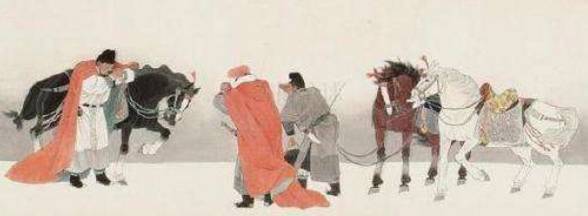
中军置酒饮归客，胡琴琵琶与羌笛。